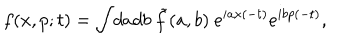
f ( x , p ; t ) = \int \! d a d b ~ \tilde { f } ( a , b ) ~ e ^ { i a x ( - t ) } e ^ { i b p ( - t ) } ,